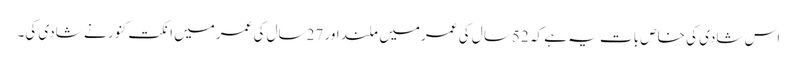
اس شادی کی خاص بات یہ ہے کہ 52سا ل کی عمرمیں ملند اور 27سال کی عمرمیں انکت کنور نے شادی کی۔